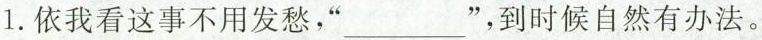
1.依我看这事不用发愁，”___”，到时候自然有办法。